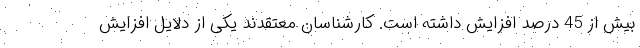
بیش از 45 درصد افزایش داشته است. کارشناسان معتقدند یکی از دلایل افزایش